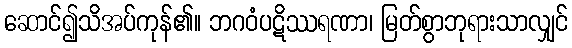
ဆောင်၍သိအပ်ကုန်၏။ ဘဂဝံပဋိဿရဏာ၊ မြတ်စွာဘုရားသာလျှင်